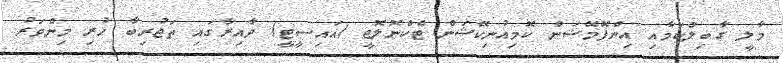
މާލީ ގާބިލްކަމާއި އިންފޮމޭޝަން ކޮމިއުނިކޭޝަން ޓެކްނޮލޮޖީ (އައިސީޓީ) ދާއިރާގައި ތަޖުރިބާ ހުރި މިންވަރު